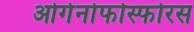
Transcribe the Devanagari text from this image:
ओर्गनोफोस्फोरस